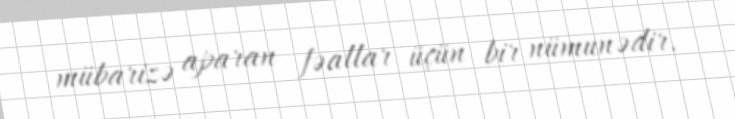
mübarizə aparan fəallar üçün bir nümunədir.